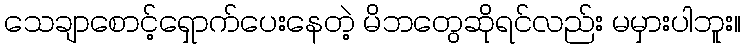
သေချာစောင့်ရှောက်ပေးနေတဲ့ မိဘတွေဆိုရင်လည်း မမှားပါဘူး။